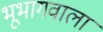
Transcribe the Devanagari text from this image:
भूभागवाला